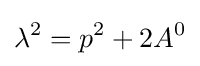
\lambda ^{2}=p^{2}+2A^{0}